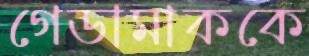
গেডামাককে